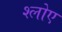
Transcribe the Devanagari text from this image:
श्लोए